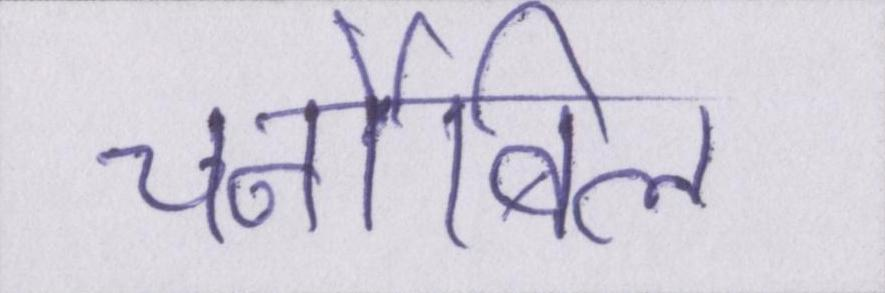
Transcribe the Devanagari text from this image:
चर्नोबिल